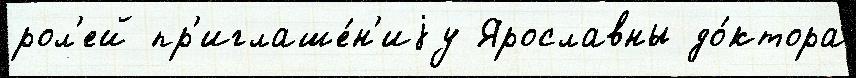
рол'ей пр'иглаше́н'иjу Ярославны до́ктора